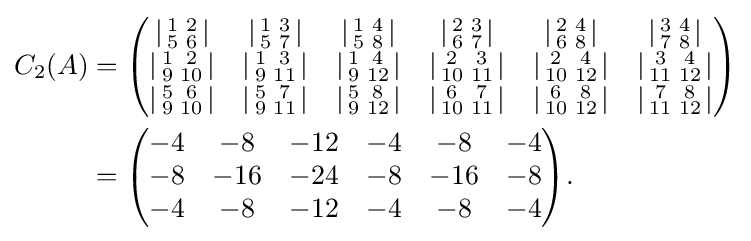
{\begin{aligned}C_{2}(A)&={\begin{pmatrix}\left|{\begin{smallmatrix}1&2\\5&6\end{smallmatrix}}\right|&\left|{\begin{smallmatrix}1&3\\5&7\end{smallmatrix}}\right|&\left|{\begin{smallmatrix}1&4\\5&8\end{smallmatrix}}\right|&\left|{\begin{smallmatrix}2&3\\6&7\end{smallmatrix}}\right|&\left|{\begin{smallmatrix}2&4\\6&8\end{smallmatrix}}\right|&\left|{\begin{smallmatrix}3&4\\7&8\end{smallmatrix}}\right|\\\left|{\begin{smallmatrix}1&2\\9&10\end{smallmatrix}}\right|&\left|{\begin{smallmatrix}1&3\\9&11\end{smallmatrix}}\right|&\left|{\begin{smallmatrix}1&4\\9&12\end{smallmatrix}}\right|&\left|{\begin{smallmatrix}2&3\\10&11\end{smallmatrix}}\right|&\left|{\begin{smallmatrix}2&4\\10&12\end{smallmatrix}}\right|&\left|{\begin{smallmatrix}3&4\\11&12\end{smallmatrix}}\right|\\\left|{\begin{smallmatrix}5&6\\9&10\end{smallmatrix}}\right|&\left|{\begin{smallmatrix}5&7\\9&11\end{smallmatrix}}\right|&\left|{\begin{smallmatrix}5&8\\9&12\end{smallmatrix}}\right|&\left|{\begin{smallmatrix}6&7\\10&11\end{smallmatrix}}\right|&\left|{\begin{smallmatrix}6&8\\10&12\end{smallmatrix}}\right|&\left|{\begin{smallmatrix}7&8\\11&12\end{smallmatrix}}\right|\end{pmatrix}}\\&={\begin{pmatrix}-4&-8&-12&-4&-8&-4\\-8&-16&-24&-8&-16&-8\\-4&-8&-12&-4&-8&-4\end{pmatrix}}.\end{aligned}}